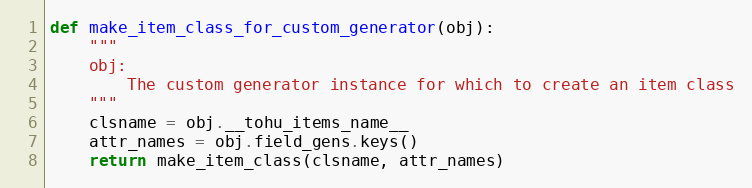
Language: Python
def make_item_class_for_custom_generator(obj):
    """
    obj:
        The custom generator instance for which to create an item class
    """
    clsname = obj.__tohu_items_name__
    attr_names = obj.field_gens.keys()
    return make_item_class(clsname, attr_names)